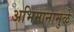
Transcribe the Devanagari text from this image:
अभिमानामुळे